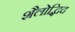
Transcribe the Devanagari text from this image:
शैलोद्भिद